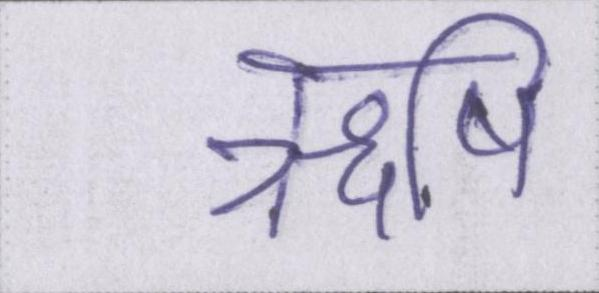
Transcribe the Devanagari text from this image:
ऋषि